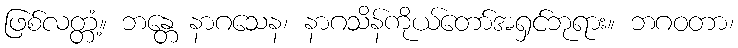
ဖြစ်လတ္တံ့။ ဘန္တေ နာဂသေန၊ နာဂသိန်ကိုယ်တော်အရှင်ဘုရား။ ဘဂဝတာ၊